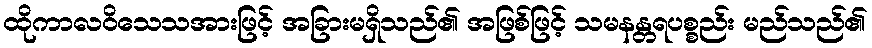
ထိုကာလဝိသေသအားဖြင့် အခြားမရှိသည်၏ အဖြစ်ဖြင့် သမနန္တရပစ္စည်း မည်သည်၏